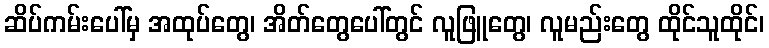
ဆိပ်ကမ်းပေါ်မှ အထုပ်တွေ၊ အိတ်တွေပေါ်တွင် လူဖြူတွေ၊ လူမည်းတွေ ထိုင်သူထိုင်၊